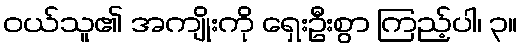
ဝယ်သူ၏ အကျိုးကို ရှေးဦးစွာ ကြည့်ပါ၊ ၃။